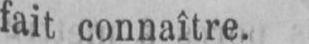
fait connaître.